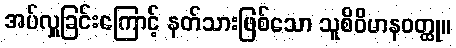
အပ်လှူခြင်းကြောင့် နတ်သားဖြစ်သော သူစိဝိမာနဝတ္ထု။